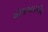
એચઆરએચ